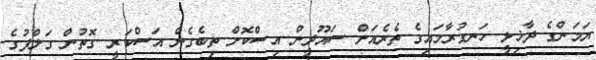
ޔަމަންގެ ދާޚިލީ ހަނގުރާމައިގެ ތެރެއަށް ސައޫދީން އިސްކޮށް ތިބެގެން އަސްކަރީ ގޮތުން ގަލްފުގެ